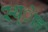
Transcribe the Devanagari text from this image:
स्थ्ेाह